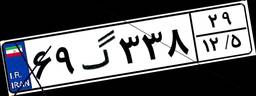
۶۹گ۳۳۸۲۹